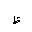
Letter: _za